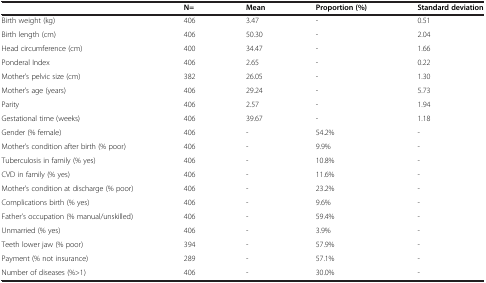
<table><thead><tr><td><b> </b></td><td><b>N=</b></td><td><b>Mean</b></td><td><b>Proportion (%)</b></td><td><b>Standard deviation</b></td></tr></thead><tbody><tr><td>Birth weight (kg)</td><td>406</td><td>3.47</td><td>-</td><td>0.51</td></tr><tr><td>Birth length (cm)</td><td>406</td><td>50.30</td><td>-</td><td>2.04</td></tr><tr><td>Head circumference (cm)</td><td>400</td><td>34.47</td><td>-</td><td>1.66</td></tr><tr><td>Ponderal Index</td><td>406</td><td>2.65</td><td>-</td><td>0.22</td></tr><tr><td>Mother’s pelvic size (cm)</td><td>382</td><td>26.05</td><td>-</td><td>1.30</td></tr><tr><td>Mother’s age (years)</td><td>406</td><td>29.24</td><td>-</td><td>5.73</td></tr><tr><td>Parity</td><td>406</td><td>2.57</td><td>-</td><td>1.94</td></tr><tr><td>Gestational time (weeks)</td><td>406</td><td>39.67</td><td>-</td><td>1.18</td></tr><tr><td>Gender (% female)</td><td>406</td><td>-</td><td>54.2%</td><td>-</td></tr><tr><td>Mother’s condition after birth (% poor)</td><td>406</td><td>-</td><td>9.9%</td><td>-</td></tr><tr><td>Tuberculosis in family (% yes)</td><td>406</td><td>-</td><td>10.8%</td><td>-</td></tr><tr><td>CVD in family (% yes)</td><td>406</td><td>-</td><td>11.6%</td><td>-</td></tr><tr><td>Mother’s condition at discharge (% poor)</td><td>406</td><td>-</td><td>23.2%</td><td>-</td></tr><tr><td>Complications birth (% yes)</td><td>406</td><td>-</td><td>9.6%</td><td>-</td></tr><tr><td>Father’s occupation (% manual/unskilled)</td><td>406</td><td>-</td><td>59.4%</td><td>-</td></tr><tr><td>Unmarried (% yes)</td><td>406</td><td>-</td><td>3.9%</td><td>-</td></tr><tr><td>Teeth lower jaw (% poor)</td><td>394</td><td>-</td><td>57.9%</td><td>-</td></tr><tr><td>Payment (% not insurance)</td><td>289</td><td>-</td><td>57.1%</td><td>-</td></tr><tr><td>Number of diseases (%&gt;1)</td><td>406</td><td>-</td><td>30.0%</td><td>-</td></tr></tbody></table>